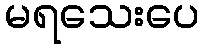
မရသေးပေ